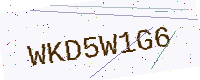
Text: WKD5W1G6